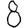
Digit: 8